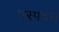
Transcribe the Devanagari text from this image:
एस्पदस